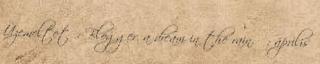
Üzemeltető: Blogger. a dream in the rain. ♥: április